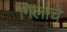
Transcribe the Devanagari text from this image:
गिलाचे